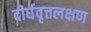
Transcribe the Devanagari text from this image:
दीर्घवृत्तलक्षण